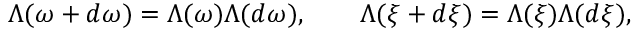
\Lambda ( \omega + d \omega ) = \Lambda ( \omega ) \Lambda ( d \omega ) , \qquad \Lambda ( \xi + d \xi ) = \Lambda ( \xi ) \Lambda ( d \xi ) ,